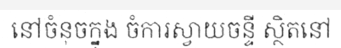
នៅចំនុចក្នុង ចំការស្វាយចន្ទី ស្ថិតនៅ